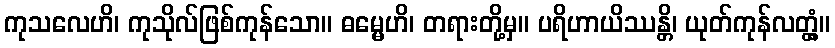
ကုသလေဟိ၊ ကုသိုလ်ဖြစ်ကုန်သော။ ဓမ္မေဟိ၊ တရားတို့မှ။ ပရိဟာယိဿန္တိ၊ ယုတ်ကုန်လတ္တံ့။